Sketch of the medical history of the native army of Bombay, for the year
Year: 1876
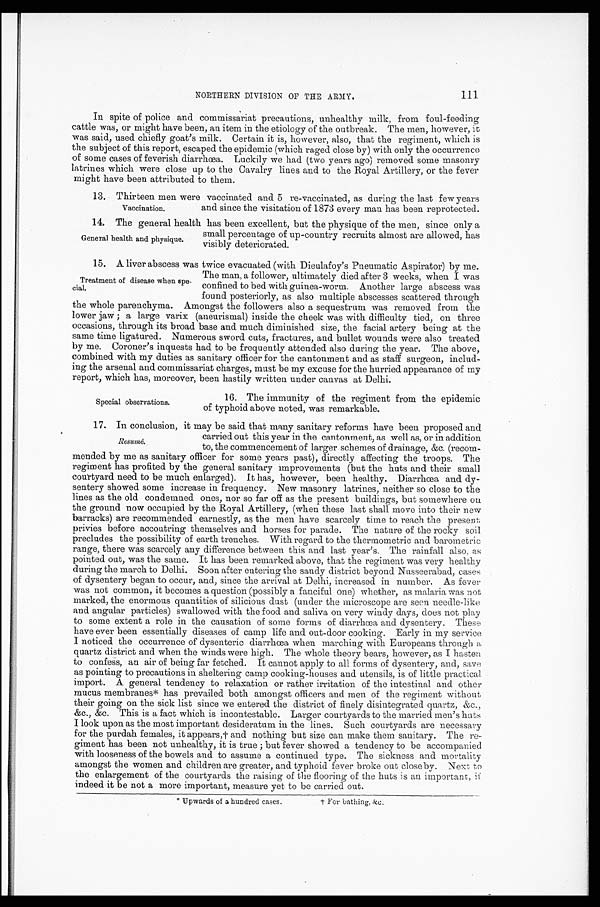
NORTHERN DIVISION OF THE ARMY.
In spite of police and commissariat precautions, unhealthy milk, from foul-feeding
cattle was, or might have been, an item in the etiology of the outbreak. The men, however, it
was said, used chiefly goat's milk. Certain it is, however, also, that the regiment, which is
the subject of this report, escaped the epidemic (which raged close by) with only the occurrence
of some cases of feverish diarrhœa. Luckily we had (two years ago) removed some masonry
latrines which were close up to the Cavalry lines and to the Royal Artillery, or the fever
might have been attributed to them.
13. Thirteen men were vaccinated and 5 re-vaccinated, as during the last few years
and since the visitation of 1873 every man has been reprotected.
14. The general health has been excellent, but the physique of the men, since only a
small percentage of up-country recruits almost are allowed, has
visibly deteriorated.
15. A liver abscess was twice evacuated (with Dieulafoy's Pneumatic Aspirator) by me.
The man, a follower, ultimately died after 3 weeks, when I was
confined to bed with guinea-worm. Another large abscess was
found posteriorly, as also multiple abscesses scattered through
the whole parenchyma. Amongst the followers also a sequestrum was removed from the
lower jaw; a large varix (aneurismal) inside the cheek was with difficulty tied, on three
occasions, through its broad base and much diminished size, the facial artery being at the
same time ligatured. Numerous sword cuts, fractures, and bullet wounds were also treated
by me. Coroner's inquests had to be frequently attended also during the year. The above,
combined with my duties as sanitary officer for the cantonment and as staff surgeon, includ
-ing the arsenal and commissariat charges, must be my excuse for the hurried appearance of my
report, which has, moreover, been hastily written under canvas at Delhi.
Vaccination.
General health and physique.
Treatment of disease when spe
-cial.
Special observations.
16. The immunity of the regiment from the epidemic
of typhoid above noted, was remarkable.
17. In conclusion, it may be said that many sanitary reforms have been proposed and
carried out this year in the cantonment, as well as, or in addition
to, the commencement of larger schemes of drainage, &c. (recom
-mended by me as sanitary officer for some years past), directly affecting the troops. The
regiment has profited by the general sanitary improvements (but the huts and their small
courtyard need to be much enlarged). It has, however, been healthy. Diarrhœa and dy
-sentery showed some increase in frequency. New masonry latrines, neither so close to the
lines as the old condemned ones, nor so far off as the present buildings, but somewhere on
the ground now occupied by the Royal Artillery, (when these last shall move into their new
barracks) are recommended earnestly, as the men have scarcely time to reach the present
privies before accoutring themselves and horses for parade. The nature of the rocky soil
precludes the possibility of earth trenches. With regard to the thermometric and barometric
range, there was scarcely any difference between this and last year's. The rainfall also, as
pointed out, was the same. It has been remarked above, that the regiment was very healthy
during the march to Delhi. Soon after entering the sandy district beyond Nusseerabad, cases
of dysentery began to occur, and, since the arrival at Delhi, increased in number. As fever
was not common, it becomes a question (possibly a fanciful one) whether, as malaria was not
marked, the enormous quantities of silicious dust (under the microscope are seen needle-like
and angular particles) swallowed with the food and saliva on very windy days, does not play
to some extent a role in the causation of some forms of diarrhœa and dysentery. These
have ever been essentially diseases of camp life and out-door cooking. Early in my service
I noticed the occurrence of dysenteric diarrhœa when marching with Europeans through a
quartz district and when the winds were high. The whole theory bears, however, as I hasten
to confess, an air of being far fetched. It cannot apply to all forms of dysentery, and, save
as pointing to precautions in sheltering camp cooking-houses and utensils, is of little practical
import. A general tendency to relaxation or rather irritation of the intestinal and other
mucus membranes* has prevailed both amongst officers and men of the regiment without
their going on the sick list since we entered the district of finely disintegrated quartz, &c.,
&c., &c. This is a fact which is incontestable. Larger courtyards to the married men's huts
I look upon as the most important desideratum in the lines. Such courtyards are necessary
for the purdah females, it appears,† and nothing but size can make them sanitary. The re
-giment has been not unhealthy, it is true; but fever showed a tendency to be accompanied
with looseness of the bowels and to assume a continued type. The sickness and mortality
amongst the women and children are greater, and typhoid fever broke out closeby. Next to
the enlargement of the courtyards the raising of the flooring of the huts is an important, if
indeed it be not a more important, measure yet to be carried out.
Resumé.
* Upwards of a hundred cases.
† For bathing, &c.